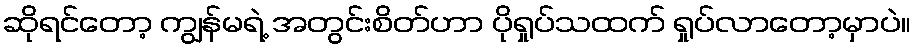
ဆိုရင်တော့ ကျွန်မရဲ့ အတွင်းစိတ်ဟာ ပိုရှုပ်သထက် ရှုပ်လာတော့မှာပဲ။